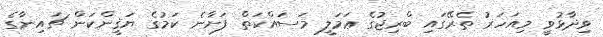
ވިދާޅުވީ މިއަހަރު ތެރޭގައި ބްރިޖުގެ ޢަމަލީ މަސައްކަތް ފަށާނެ ކަަމުގެ ޔަޤީންކަން ޗައިނާގެ